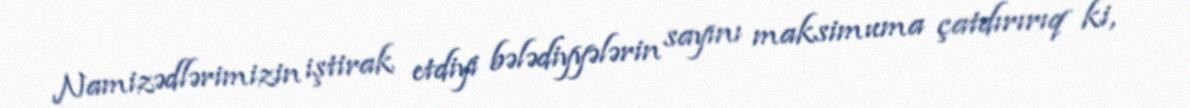
Namizədlərimizin iştirak etdiyi bələdiyyələrin sayını maksimuma çatdırırıq ki,